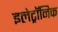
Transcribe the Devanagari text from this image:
इलेट्रॉनिक